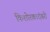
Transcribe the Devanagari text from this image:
किशोरकादंबरी